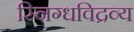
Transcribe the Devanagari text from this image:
स्निग्धविद्रव्य